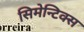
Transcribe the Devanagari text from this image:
सिमेन्टिक्स